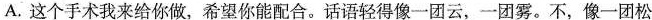
A. 这个手术我来给你做，希望你能配合。话语轻得像一团云，一团雾。不，像一团松